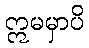
ဣမမှာပိ